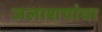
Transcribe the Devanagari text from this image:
जलाशयांचा